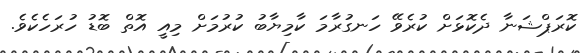
ކޮރަޕްޝަނާ ދެކޮޅަށް ކުރެވޭ ހަނގުރާމަ ކާމިޔާބު ކުރުމަށް މިއީ އޮތް ބޮޑު ހުރަހެކެވެ.